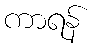
ကာရန်